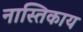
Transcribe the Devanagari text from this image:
नास्तिकाय